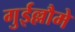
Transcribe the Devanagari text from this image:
गुईल्लौमे